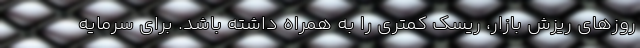
روزهای ریزش بازار، ریسک کمتری را به همراه داشته باشد. برای سرمایه